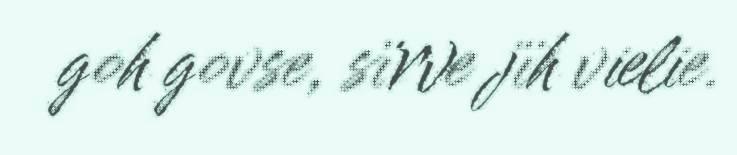
goh govse, sïrve jïh vielie.